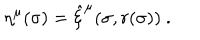
LaTeX: \eta ^ { \mu } ( \sigma ) = \hat { \xi } ^ { \mu } ( \sigma , r ( \sigma ) ) \ .